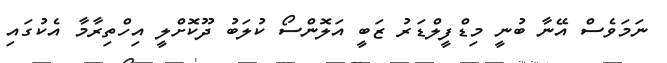
ނަމަވެސް އޭނާ ބުނީ މިޑްފީލްޑަރު ޒަބީ އަލޮންސޯ ކުލަބު ދޫކޮށްލީ އިހްތިރާމާ އެކުގައި